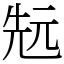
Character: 𠒑